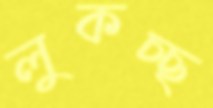
লুকচ্ছ